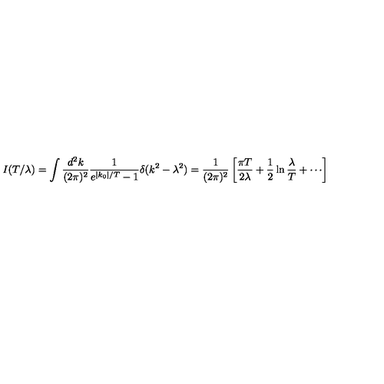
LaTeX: I ( T / \lambda ) = \int \frac { d ^ { 2 } k } { ( 2 \pi ) ^ { 2 } } \frac { 1 } { e ^ { | k _ { 0 } | / T } - 1 } \delta ( k ^ { 2 } - \lambda ^ { 2 } ) = \frac { 1 } { ( 2 \pi ) ^ { 2 } } \left[ \frac { \pi T } { 2 \lambda } + \frac { 1 } { 2 } \ln \frac { \lambda } { T } + \cdots \right]